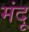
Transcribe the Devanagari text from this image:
मंदू